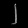
Digit: ၂